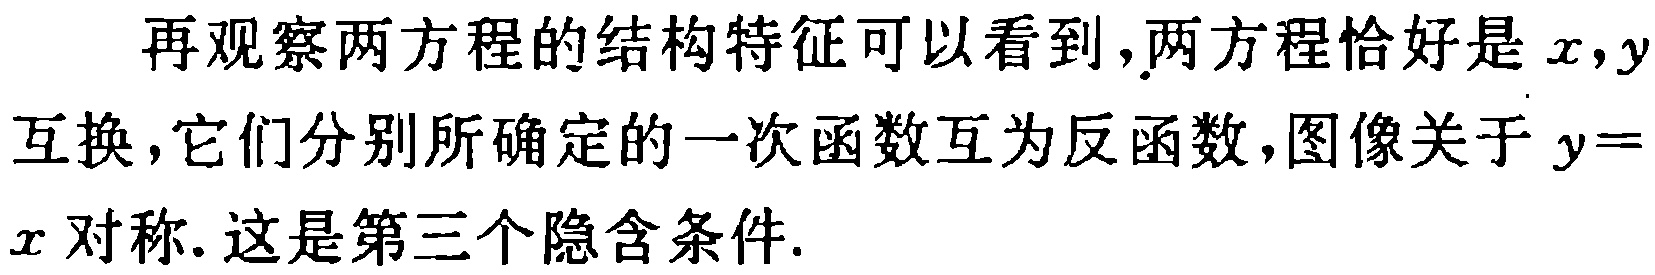
再观察两方程的结构特征可以看到,两方程恰好是\(x,y\)互换，它们分别所确定的一次函数互为反函数，图像关于\(y = x\)对称. 这是第三个隐含条件.